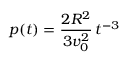
p ( t ) = { \frac { 2 R ^ { 2 } } { 3 v _ { 0 } ^ { 2 } } } \, t ^ { - 3 }